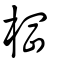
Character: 棡